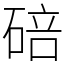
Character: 碚